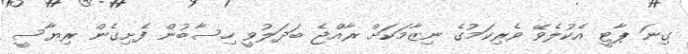
ގިނަ ޕާޓީ އެކުލެވޭ ވެރިކަމުގެ ނިޒާމަކަށް ރާއްޖެ ބަދަލުވީ ހިސާބުން ފެށިގެން ރިޔާސީ